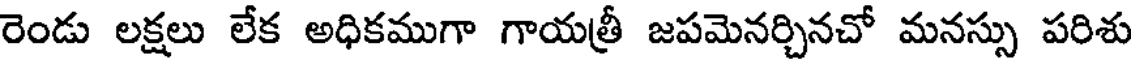
రెండు లక్షలు లేక అధికముగా గాయత్రీ జపమెనర్చినచో మనస్సు పరిశు